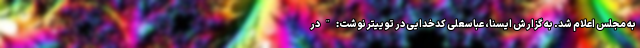
به مجلس اعلام شد. به گزارش ایسنا، عباسعلی کدخدایی در توییتر نوشت:"در